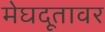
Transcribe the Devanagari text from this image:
मेघदूतावर